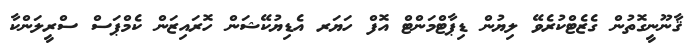
ޤާނޫނީގޮތުން ގެޒެޓްކުރެވޭ ލިޔުން ޑިޕާޓްމަންޓް އޮފް ހަޔަރ އެޑިޔުކޭޝަން ހޮރައިޒަން ކެމްޕަސް ސްރީލަންކާ